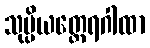
သုပ္ပိယတ္ထေရဂါထာ